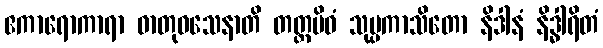
ဧကာရောကာရာ ဓာတုဝသေနာတိ တတ္တမိဝံ သုပ္ပကာသိတော နိဒါနံ နိဒ္ဓါရိတံ